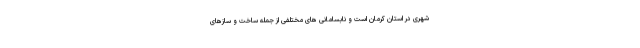
شهری در استان کرمان است و نابسامانی های مختلفی از جمله ساخت و سازهای